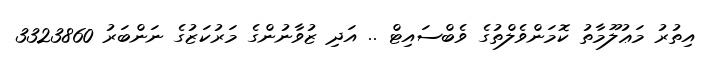
އިތުރު މަޢުލޫމާތު ކޮމަންވެލްތުގެ ވެބްސައިޓް .. އަދި ޒުވާނުންގެ މަރުކަޒުގެ ނަންބަރު 3323860